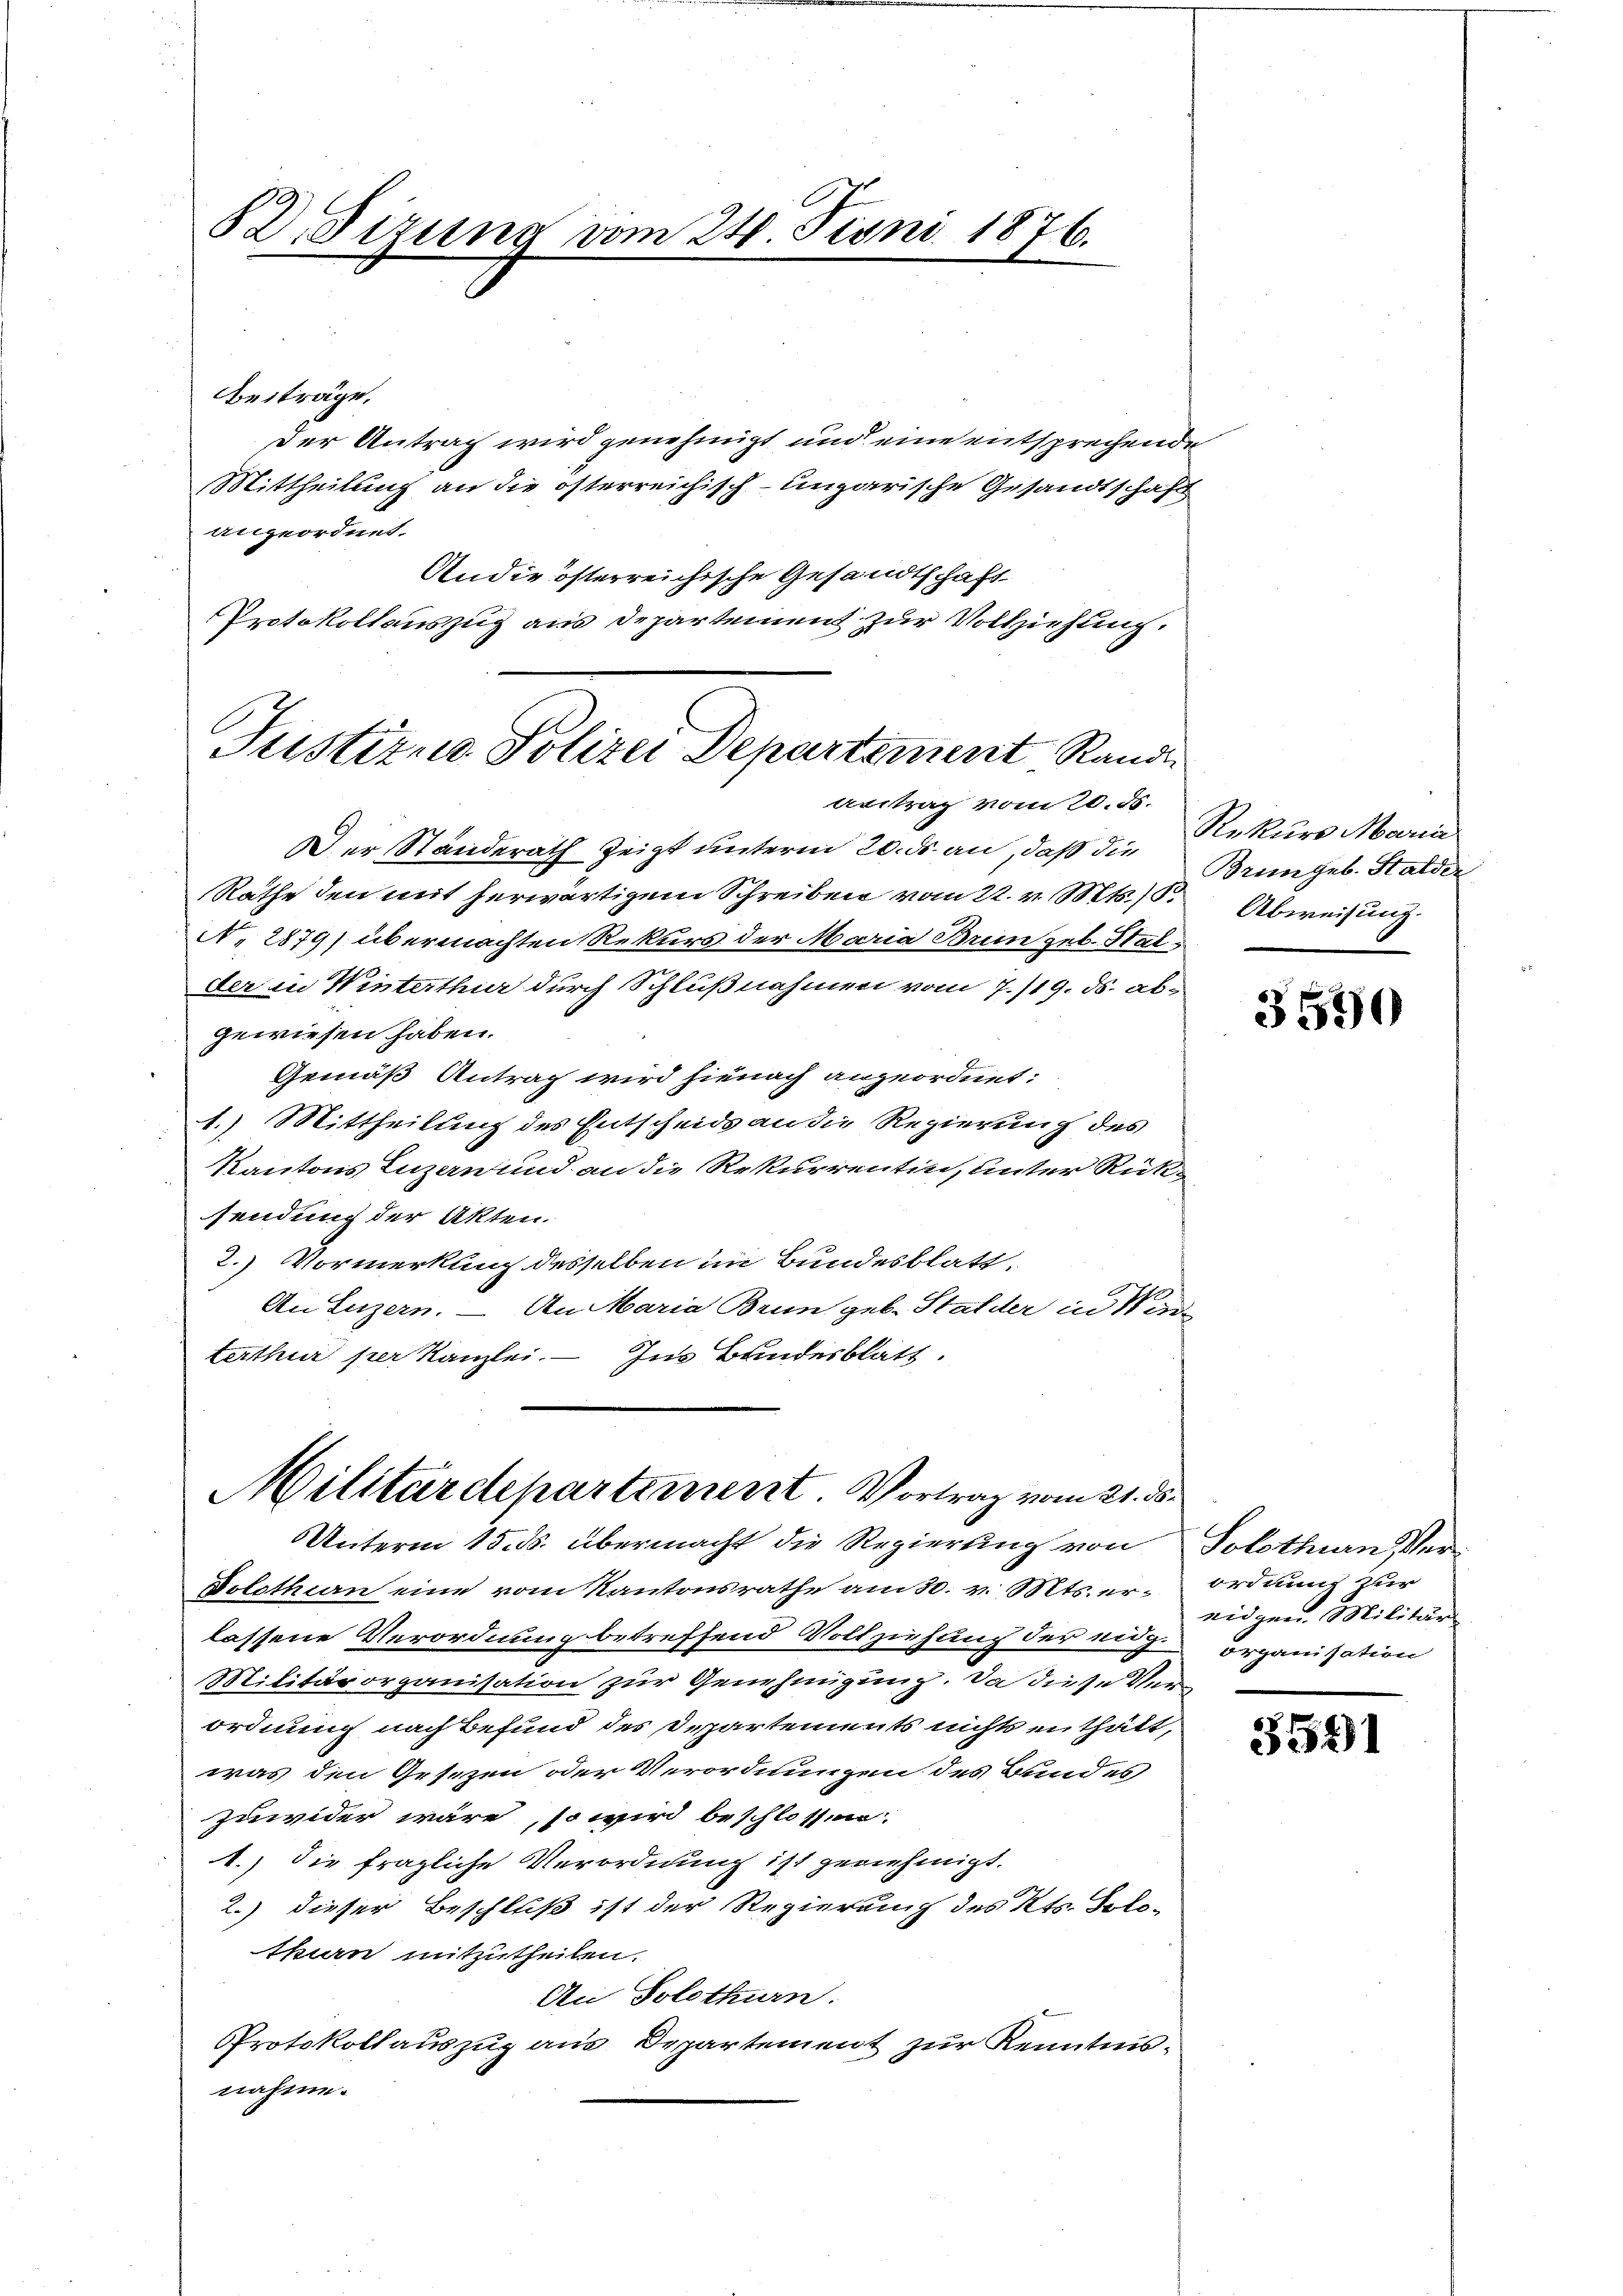
B Sizung vom 24. Tioni 1876.

Beiträge.
Der Antrag wird genehmigt und eine entsprechende
Mittheilung an die österreichisch-ungarische Gesandtschaft
angeordnet.
Andie österreichische Gesandtschaft
Protokollauszug aus Departement zur Vollziehung.

Justizio Polizei Departement Rand
vertrag vom 20. ds.

Der Standerath zeigt unterm 20. ds. an, daß die Rekurs Maria
Räthe den mit herwärtigem Schreiben vom 22. v. Mts. 1. Abweisung
N. 2879) übermachten Rekurs der Maria Brunzel-Stat
der in Winterthur durch Schlußnahmen vom 7./19. ds. abgewiesen haben.
Gemäß Antrag wird hienach angeordnet:
1.) Mittheilung des Entscheids an die Regierung des
Kantons Luzern und an die Rekurrentin, unter Rücksendung der Akten.
2.) Vormerkung desselben im Bundesblatt,
An Luzern. — An Maria Brun geb. Stalder in Vor-
terthur per Kanzlei. — Im Bundesblatt.

Militärdepartement. Vortrag vom 21. ds.
Unterm 15. ds. übermacht die Regierung von

Dolothin eine vom Kantonsrathe am 30. v. Mts. erlassene Verordnung betreffend Vollziehung der aug-Organisation
Militärorganisation zur Genehmigung. Da diese Verordnung nach Befund des Departements nichts enthält,
was den Gesezen oder Verordnungen des Bundes
zuwider wäre, so wird beschlossen:
1.) Die fragliche Verordnung ist genehmigt.
2.) dieser Beschluß ist der Regierung des Kts. Solo-
tkern mitzutheilen.
An Solothurn.
Protokollauszug aus Departement zur Kenntnisnahme.

Bringeb. Stalder

3590

Solothurn Ver
Ordnung zur
eidgen. Militär

3591